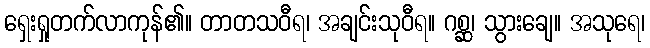
ရှေးရှုတက်လာကုန်၏။ တာတသဝီရ၊ အချင်းသုဝီရ။ ဂစ္ဆ၊ သွားချေ။ အသုရေ၊